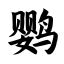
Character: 鹦